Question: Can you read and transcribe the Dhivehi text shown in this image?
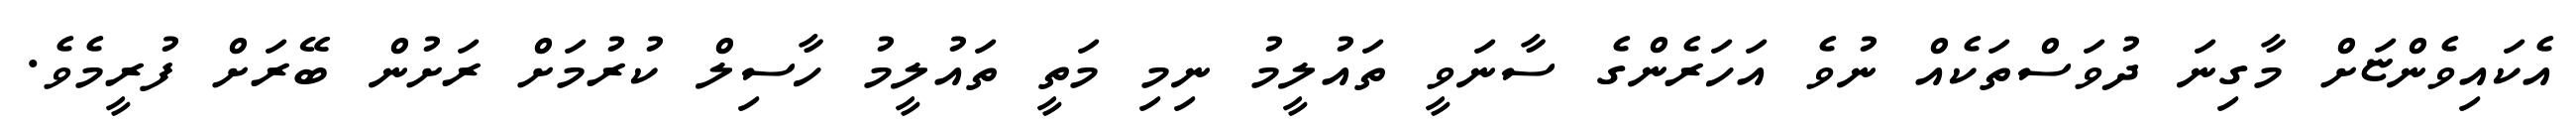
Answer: އެކައިވެންޏަށް މާގިނަ ދުވަސްތަކެއް ނުވެ އަހަރެންގެ ސާނަވީ ތައުލީމު ނިމި މަތީ ތައުލީމު ހާސިލް ކުރުމަށް ރަށުން ބޭރަށް ފުރީމެވެ.